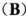
(B)